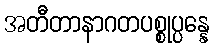
အတီတာနာဂတပစ္စုပ္ပန္နေ